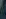
.